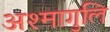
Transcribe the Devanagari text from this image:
अश्मागुलि